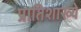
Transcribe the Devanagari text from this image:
प्रातिशाख्ये